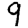
Digit: 9